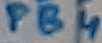
Text: PB4